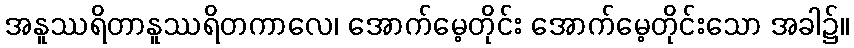
အနူဿရိတာနူဿရိတကာလေ၊ အောက်မေ့တိုင်း အောက်မေ့တိုင်းသော အခါ၌။